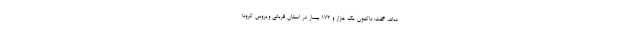
ده‌اند، گفت: تاکنون یک هزار و 172 بیمار در استان قربانی ویروس کرونا